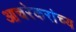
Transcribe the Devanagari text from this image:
आचरेकरांच्य